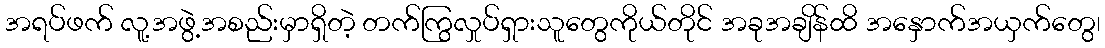
အရပ်ဖက် လူ့အဖွဲ့အစည်းမှာရှိတဲ့ တက်ကြွလှုပ်ရှားသူတွေကိုယ်တိုင် အခုအချိန်ထိ အနှောက်အယှက်တွေ၊